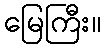
မြေကြီး။